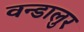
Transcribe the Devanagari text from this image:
वन्डालुर